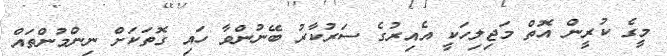
މީގެ ކުރީން އޮތް މަޖިލިހަކީ އެއިރުގެ ސަރުކާރު ބޭނުންވާ ހައި ގޮތަކަށް ނިންމުންތައް